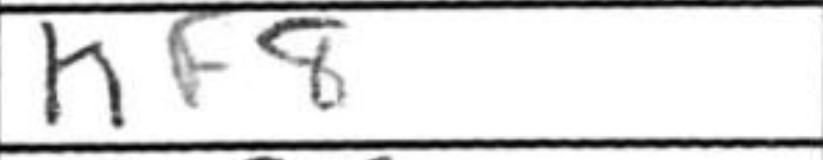
Transcription: Kf8